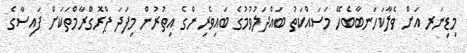
މިޑިނަރ އަށް ވެލާކަހަނބާބެހޭ މަސައްކަތު ބައްދަލުވުމުގެ ބައިވެރިންގެ އިތުރުން މިފަދަ ޕްރޮގްރާމްތަކަށް ފައިސާގެ